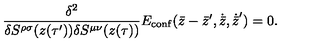
{ \frac { \delta ^ { 2 } } { \delta S ^ { \rho \sigma } ( z ( \tau ^ { \prime } ) ) \delta S ^ { \mu \nu } ( z ( \tau ) ) } } E _ { \mathrm { c o n f } } ( \bar { z } - \bar { z } ^ { \prime } , \dot { \bar { z } } , \dot { \bar { z } } ^ { \prime } ) = 0 .